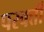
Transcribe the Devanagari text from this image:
परवर्त्ती